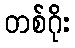
တစ်ဂိုး